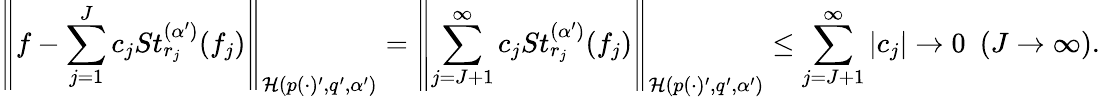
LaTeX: \left\| f-\sum_{j=1}^{J}c_{j}St_{r_{j}}^{(\alpha^{\prime})}(f_{j})\right\| _{\mathcal{H}(p(\cdot)^{\prime},q^{\prime},\alpha^{\prime})}=\left\| \sum_{j=J+1}^{\infty}c_{j}St_{r_{j}}^{(\alpha^{\prime})}(f_{j})\right\| _{\mathcal{H}(p(\cdot)^{\prime},q^{\prime},\alpha^{\prime})}\le\sum_{j=J+1}^{\infty}|c_{j}|\rightarrow 0~~(J\rightarrow\infty).